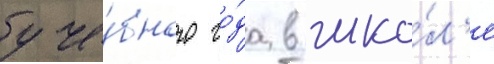
уче́бного го́да в шко́л'е